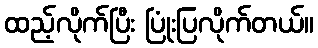
ထည့်လိုက်ပြီး ပြုံးပြလိုက်တယ်။